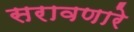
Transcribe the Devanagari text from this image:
सरावणारे